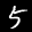
Digit: 5